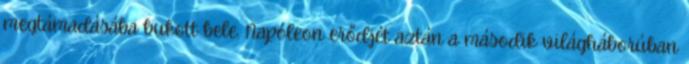
megtámadásába bukott bele. Napóleon erődjét aztán a második világháborúban